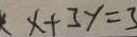
x + 3 y = 3